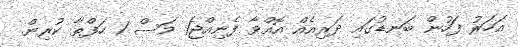
އަހަރު ފަހުން ބަނޑުގައި ދަރިއެއް އޮއްވާ ފެނިއްޖެ1 މަސް 1 ހަފްތާ ކުރިން.